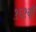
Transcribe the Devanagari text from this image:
१६१वाँ